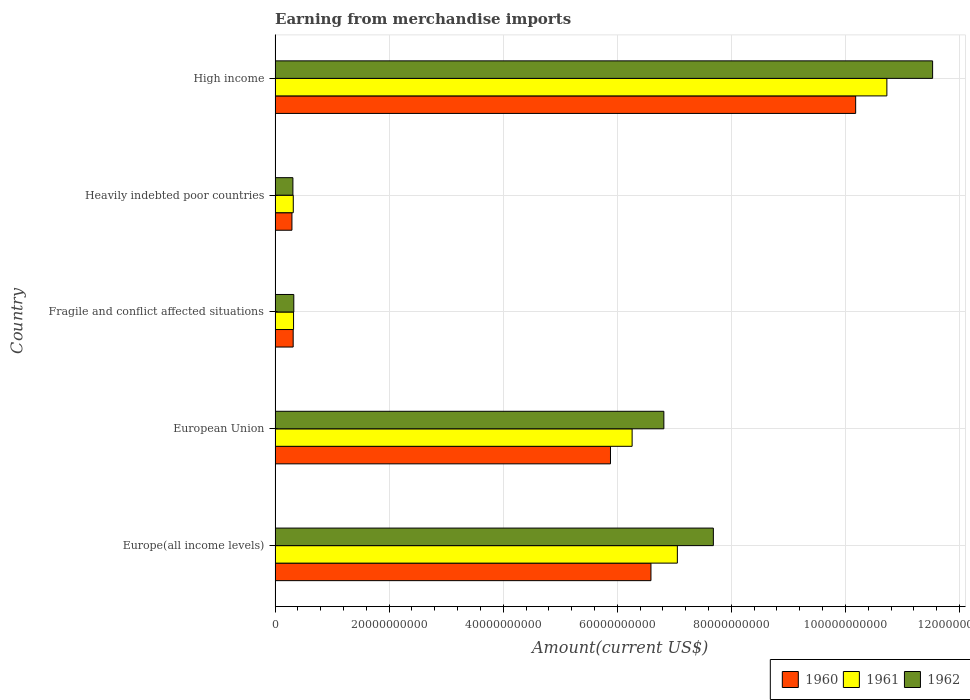
| Country | 1960 | 1961 | 1962 |
 | --- | --- | --- | --- |
 | Europe(all income levels) | 6.59e+10 | 7.05e+10 | 7.68e+10 |
 | European Union | 5.88e+10 | 6.26e+10 | 6.82e+10 |
 | Fragile and conflict affected situations | 3.17e+09 | 3.24e+09 | 3.28e+09 |
 | Heavily indebted poor countries | 2.96e+09 | 3.19e+09 | 3.13e+09 |
 | High income | 1.02e+11 | 1.07e+11 | 1.15e+11 |